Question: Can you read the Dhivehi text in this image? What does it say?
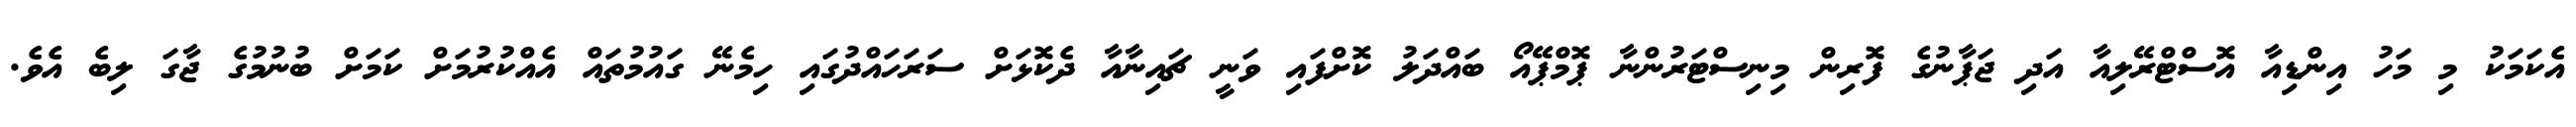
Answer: އެކަމަކު މި މަހު އިންޑިއާ އޮސްޓްރޭލިއާ އަދި ޖަޕާނުގެ ފޮރިން މިނިސްޓަރުންނާ ޕޮމްޕޭއޯ ބައްދަލު ކޮށްފައި ވަނީ ޗައިނާއާ ދެކޮޅަށް ސަރަހައްދުގައި ހިމެނޭ ގައުމުތައް އެއްކުރުމަށް ކަމަށް ބުނުމުގެ ޖާގަ ލިބެ އެވެ.